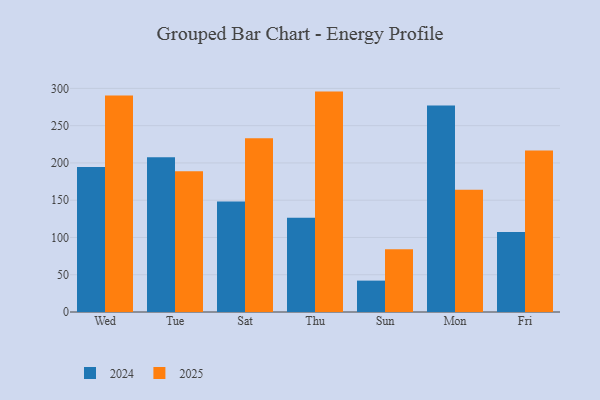
{"axis": {"x": "Day", "y": "Tickets Resolved"}, "legend": ["2024", "2025"], "data": [{"x": "Wed", "y": 290.4, "type": "2025"}, {"x": "Wed", "y": 194.7, "type": "2024"}, {"x": "Tue", "y": 188.9, "type": "2025"}, {"x": "Tue", "y": 207.5, "type": "2024"}, {"x": "Sat", "y": 233.1, "type": "2025"}, {"x": "Sat", "y": 148.1, "type": "2024"}, {"x": "Thu", "y": 295.7, "type": "2025"}, {"x": "Thu", "y": 126.6, "type": "2024"}, {"x": "Sun", "y": 84.2, "type": "2025"}, {"x": "Sun", "y": 42.1, "type": "2024"}, {"x": "Mon", "y": 164.0, "type": "2025"}, {"x": "Mon", "y": 277.2, "type": "2024"}, {"x": "Fri", "y": 216.8, "type": "2025"}, {"x": "Fri", "y": 107.4, "type": "2024"}]}